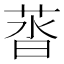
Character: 䓠